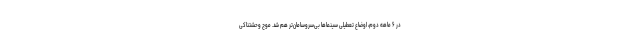
در ۶ ماهه دوم، اوضاع تعطیلی سینماها بی‌سروسامان‌تر هم شد. موج وحشتناکی